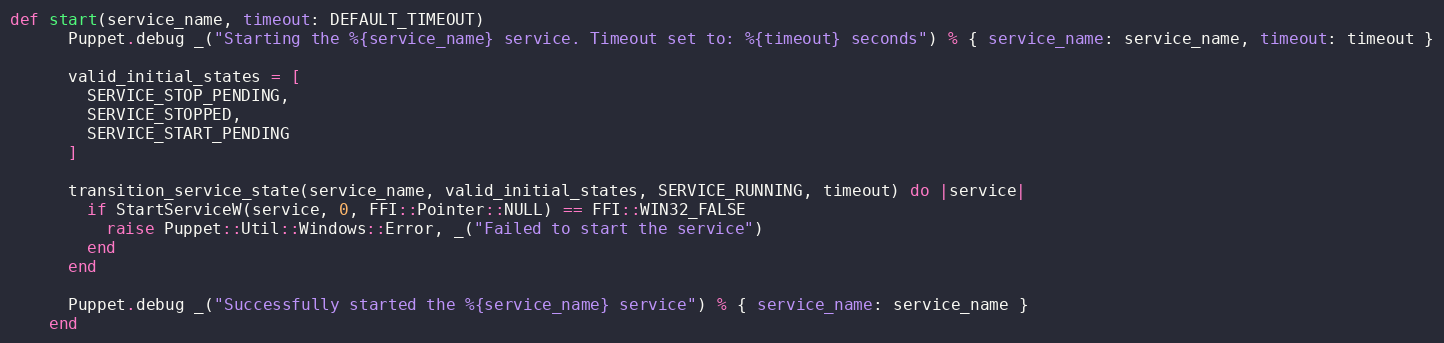
Language: Ruby
def start(service_name, timeout: DEFAULT_TIMEOUT)
      Puppet.debug _("Starting the %{service_name} service. Timeout set to: %{timeout} seconds") % { service_name: service_name, timeout: timeout }

      valid_initial_states = [
        SERVICE_STOP_PENDING,
        SERVICE_STOPPED,
        SERVICE_START_PENDING
      ]

      transition_service_state(service_name, valid_initial_states, SERVICE_RUNNING, timeout) do |service|
        if StartServiceW(service, 0, FFI::Pointer::NULL) == FFI::WIN32_FALSE
          raise Puppet::Util::Windows::Error, _("Failed to start the service")
        end
      end

      Puppet.debug _("Successfully started the %{service_name} service") % { service_name: service_name }
    end